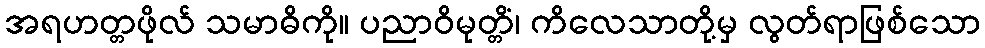
အရဟတ္တဖိုလ် သမာဓိကို။ ပညာဝိမုတ္တိံ၊ ကိလေသာတို့မှ လွတ်ရာဖြစ်သော